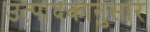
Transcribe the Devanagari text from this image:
उत्पादकानुसार